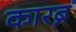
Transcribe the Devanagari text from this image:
कारब्न